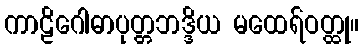
ကာဠိဂေါဓာပုတ္တဘဒ္ဒိယ မထေရ်ဝတ္ထု။